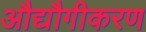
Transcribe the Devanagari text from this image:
औद्यौगीकरण